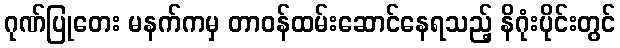
ဂုဏ်ပြုတေး မနက်ကမှ တာဝန်ထမ်းဆောင်နေရသည့် နိဂုံးပိုင်းတွင်